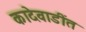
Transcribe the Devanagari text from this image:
कादेवाडींत